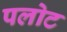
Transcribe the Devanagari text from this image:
पलोट